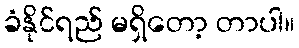
ခံနိုင်ရည် မရှိတော့ တာပါ။